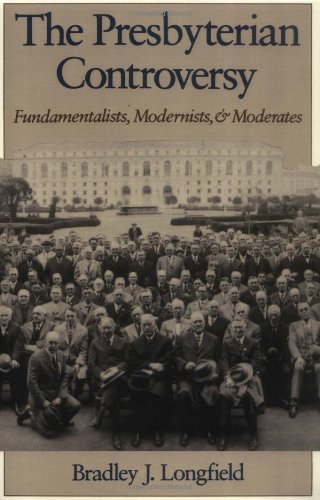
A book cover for The Presbyterian Controversy: Fundamentalists, Modernists, and Moderates (Religion in America); Bradley J. Longfield; Christian Books & Bibles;